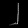
Digit: ၂